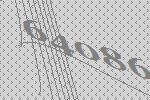
64086